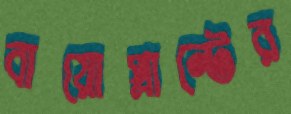
বায়োপ্লান্টের